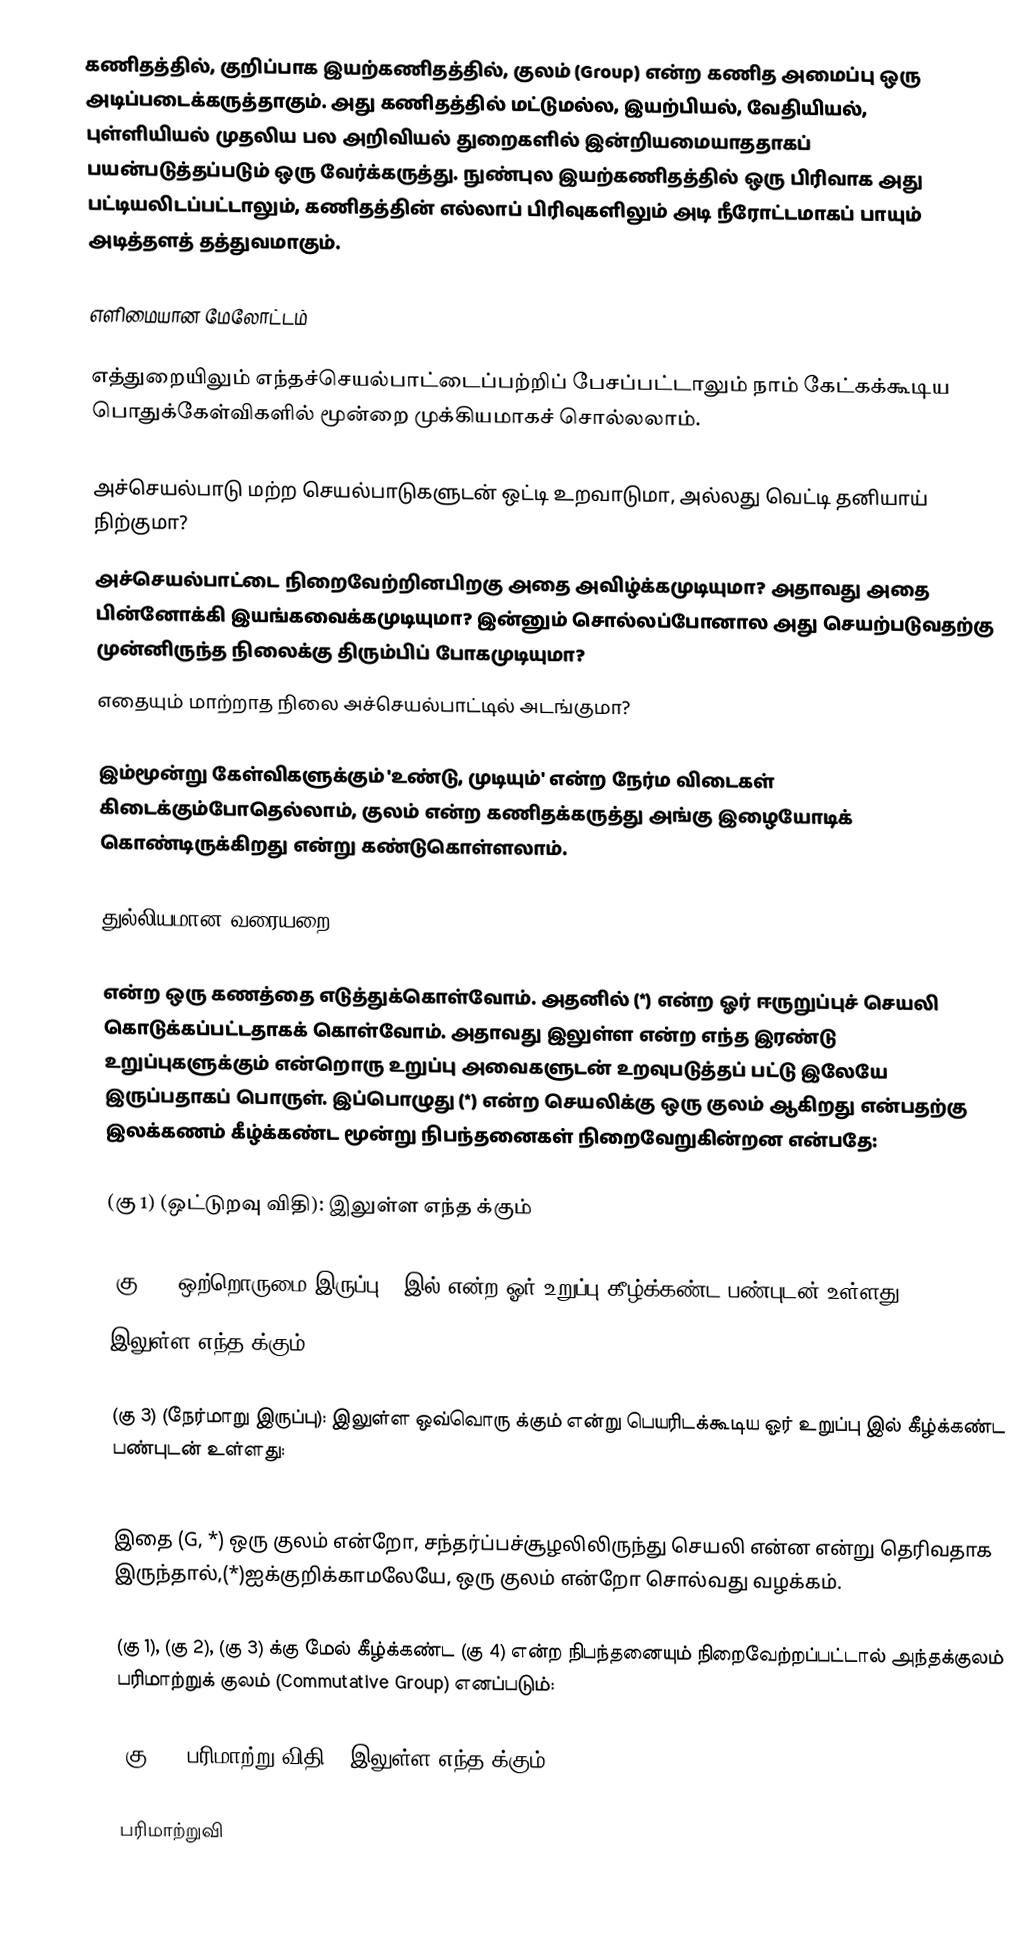
கணிதத்தில், குறிப்பாக இயற்கணிதத்தில், குலம் (Group) என்ற கணித அமைப்பு ஒரு அடிப்படைக்கருத்தாகும். அது கணிதத்தில் மட்டுமல்ல, இயற்பியல், வேதியியல், புள்ளியியல் முதலிய பல அறிவியல் துறைகளில் இன்றியமையாததாகப் பயன்படுத்தப்படும் ஒரு வேர்க்கருத்து. நுண்புல இயற்கணிதத்தில் ஒரு பிரிவாக அது பட்டியலிடப்பட்டாலும், கணிதத்தின் எல்லாப் பிரிவுகளிலும் அடி நீரோட்டமாகப் பாயும் அடித்தளத் தத்துவமாகும்.

எளிமையான மேலோட்டம்

எத்துறையிலும் எந்தச்செயல்பாட்டைப்பற்றிப் பேசப்பட்டாலும் நாம் கேட்கக்கூடிய பொதுக்கேள்விகளில் மூன்றை முக்கியமாகச் சொல்லலாம்.

 அச்செயல்பாடு மற்ற செயல்பாடுகளுடன் ஒட்டி உறவாடுமா, அல்லது வெட்டி தனியாய் நிற்குமா?
 அச்செயல்பாட்டை நிறைவேற்றினபிறகு அதை அவிழ்க்கமுடியுமா? அதாவது அதை பின்னோக்கி இயங்கவைக்கமுடியுமா? இன்னும் சொல்லப்போனால அது செயற்படுவதற்கு முன்னிருந்த நிலைக்கு திரும்பிப் போகமுடியுமா?
 எதையும் மாற்றாத நிலை அச்செயல்பாட்டில் அடங்குமா?

இம்மூன்று கேள்விகளுக்கும் 'உண்டு, முடியும்' என்ற நேர்ம விடைகள் கிடைக்கும்போதெல்லாம், குலம் என்ற கணிதக்கருத்து அங்கு இழையோடிக் கொண்டிருக்கிறது என்று கண்டுகொள்ளலாம்.

துல்லியமான வரையறை

 என்ற ஒரு கணத்தை எடுத்துக்கொள்வோம். அதனில் (*) என்ற ஓர் ஈருறுப்புச் செயலி கொடுக்கப்பட்டதாகக் கொள்வோம். அதாவது  இலுள்ள  என்ற எந்த இரண்டு உறுப்புகளுக்கும்  என்றொரு உறுப்பு அவைகளுடன் உறவுபடுத்தப் பட்டு  இலேயே இருப்பதாகப் பொருள். இப்பொழுது (*) என்ற செயலிக்கு  ஒரு குலம் ஆகிறது என்பதற்கு இலக்கணம் கீழ்க்கண்ட மூன்று நிபந்தனைகள் நிறைவேறுகின்றன என்பதே:

(கு 1) (ஒட்டுறவு விதி):  இலுள்ள எந்த  க்கும்

(கு 2) (ஒற்றொருமை இருப்பு):  இல்  என்ற ஓர் உறுப்பு கீழ்க்கண்ட பண்புடன் உள்ளது:
 இலுள்ள எந்த  க்கும் .

(கு 3) (நேர்மாறு இருப்பு):  இலுள்ள ஒவ்வொரு  க்கும்  என்று பெயரிடக்கூடிய ஓர் உறுப்பு  இல் கீழ்க்கண்ட பண்புடன் உள்ளது:

இதை (G, *) ஒரு குலம் என்றோ, சந்தர்ப்பச்சூழலிலிருந்து செயலி என்ன என்று தெரிவதாக இருந்தால்,(*)ஐக்குறிக்காமலேயே,  ஒரு குலம் என்றோ சொல்வது வழக்கம்.

(கு 1), (கு 2), (கு 3) க்கு மேல் கீழ்க்கண்ட (கு 4) என்ற நிபந்தனையும் நிறைவேற்றப்பட்டால் அந்தக்குலம் பரிமாற்றுக் குலம்  (Commutative Group) எனப்படும்:

(கு 4) (பரிமாற்று விதி):  இலுள்ள எந்த  க்கும்

பரிமாற்றுவி